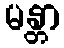
မန္တာ